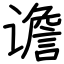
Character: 谵